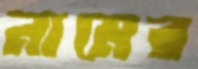
নামের